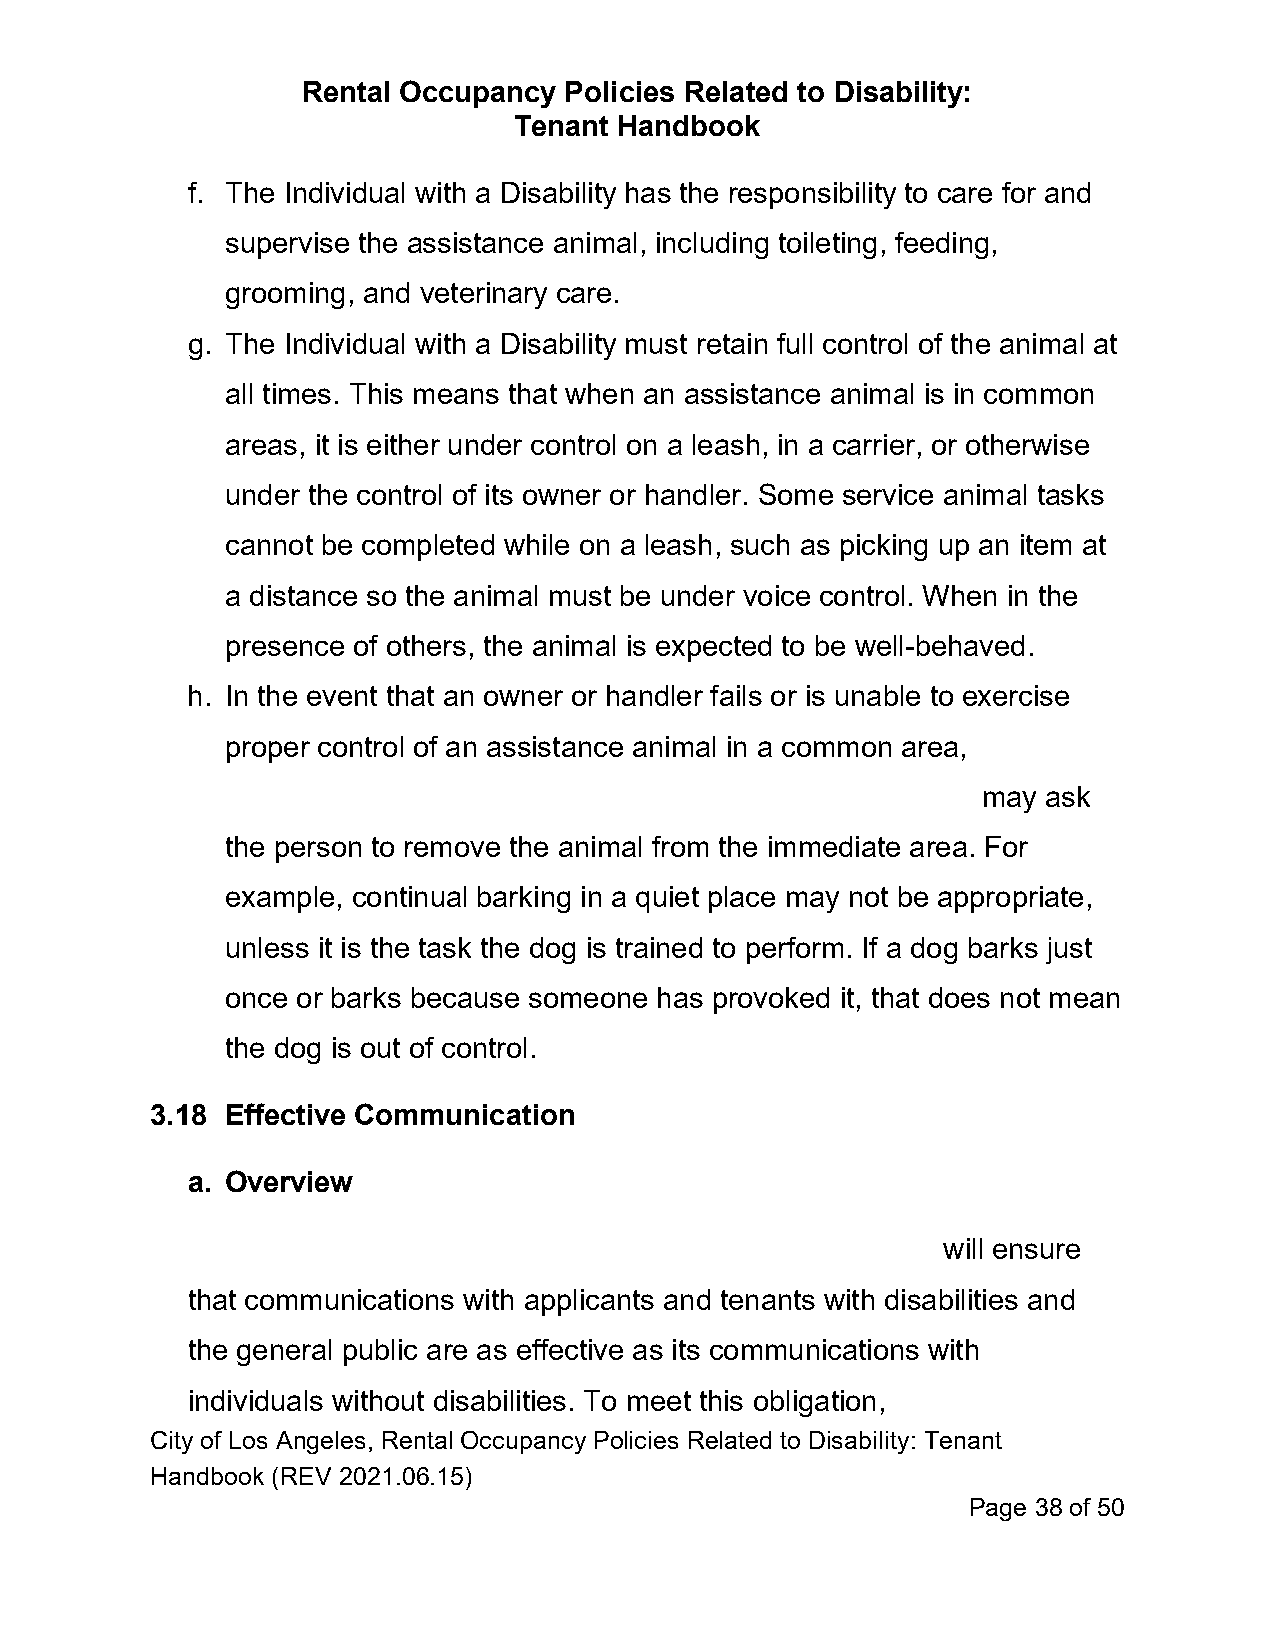
Rental Occupancy Policies Related to Disability:
 Tenant Handbook
 f. The Individual with a Disability has the responsibility to care for and
 supervise the assistance animal, including toileting, feeding,
 grooming, and veterinary care.
 g. The Individual with a Disability must retain full control of the animal at
 all times. This means that when an assistance animal is in common
 areas, it is either under control on a leash, in a carrier, or otherwise
 under the control of its owner or handler. Some service animal tasks
 cannot be completed while on a leash, such as picking up an item at
 a distance so the animal must be under voice control. When in the
 presence of others, the animal is expected to be well-behaved.
 h. In the event that an owner or handler fails or is unable to exercise
 proper control of an assistance animal in a common area,
 may ask
 the person to remove the animal from the immediate area. For
 example, continual barking in a quiet place may not be appropriate,
 unless it is the task the dog is trained to perform. If a dog barks just
 once or barks because someone has provoked it, that does not mean
 the dog is out of control.
 3.18 Effective Communication
 a. Overview
 will ensure
 that communications with applicants and tenants with disabilities and
 the general public are as effective as its communications with
 individuals without disabilities. To meet this obligation,
 City of Los Angeles, Rental Occupancy Policies Related to Disability: Tenant
 Handbook (REV 2021.06.15)
 Page 38 of 50